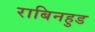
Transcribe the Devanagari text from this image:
राबिनहुड